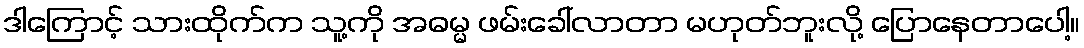
ဒါကြောင့် သားထိုက်က သူ့ကို အဓမ္မ ဖမ်းခေါ်လာတာ မဟုတ်ဘူးလို့ ပြောနေတာပေါ့။